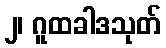
၂၊ ဂူထခါဒသုတ်